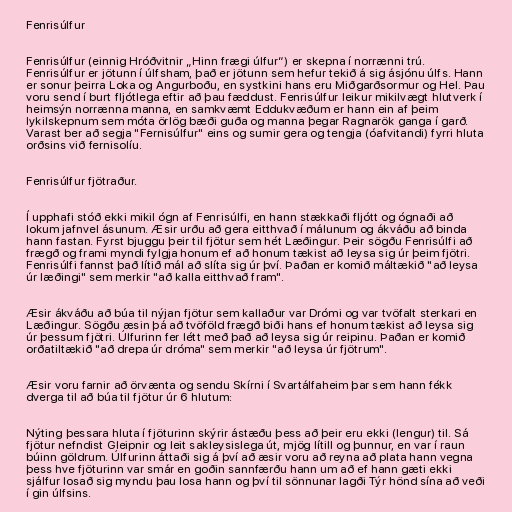
Fenrisúlfur

Fenrisúlfur (einnig Hróðvitnir „Hinn frægi úlfur“) er skepna í norrænni trú.
Fenrisúlfur er jötunn í úlfsham, það er jötunn sem hefur tekið á sig ásjónu úlfs. Hann
er sonur þeirra Loka og Angurboðu, en systkini hans eru Miðgarðsormur og Hel. Þau
voru send í burt fljótlega eftir að þau fæddust. Fenrisúlfur leikur mikilvægt hlutverk í
heimsýn norrænna manna, en samkvæmt Eddukvæðum er hann ein af þeim
lykilskepnum sem móta örlög bæði guða og manna þegar Ragnarök ganga í garð.
Varast ber að segja "Fernisúlfur" eins og sumir gera og tengja (óafvitandi) fyrri hluta
orðsins við fernisolíu.

Fenrisúlfur fjötraður.

Í upphafi stóð ekki mikil ógn af Fenrisúlfi, en hann stækkaði fljótt og ógnaði að
lokum jafnvel ásunum. Æsir urðu að gera eitthvað í málunum og ákváðu að binda
hann fastan. Fyrst bjuggu þeir til fjötur sem hét Læðingur. Þeir sögðu Fenrisúlfi að
frægð og frami myndi fylgja honum ef að honum tækist að leysa sig úr þeim fjötri.
Fenrisúlfi fannst það lítið mál að slíta sig úr því. Þaðan er komið máltækið "að leysa
úr læðingi" sem merkir "að kalla eitthvað fram".

Æsir ákváðu að búa til nýjan fjötur sem kallaður var Drómi og var tvöfalt sterkari en
Læðingur. Sögðu æsin þá að tvöföld frægð biði hans ef honum tækist að leysa sig
úr þessum fjötri. Úlfurinn fer létt með það að leysa sig úr reipinu. Þaðan er komið
orðatiltækið "að drepa úr dróma" sem merkir "að leysa úr fjötrum".

Æsir voru farnir að örvænta og sendu Skírni í Svartálfaheim þar sem hann fékk
dverga til að búa til fjötur úr 6 hlutum:

Nýting þessara hluta í fjöturinn skýrir ástæðu þess að þeir eru ekki (lengur) til. Sá
fjötur nefndist Gleipnir og leit sakleysislega út, mjög lítill og þunnur, en var í raun
búinn göldrum. Úlfurinn áttaði sig á því að æsir voru að reyna að plata hann vegna
þess hve fjöturinn var smár en goðin sannfærðu hann um að ef hann gæti ekki
sjálfur losað sig myndu þau losa hann og því til sönnunar lagði Týr hönd sína að veði
í gin úlfsins.